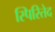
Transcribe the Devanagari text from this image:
स्पिरितेद